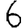
Digit: 6